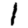
Digit: 1